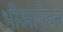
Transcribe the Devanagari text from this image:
भीआवेदन